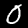
Digit: 0